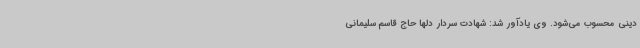
دینی محسوب می‌شود. وی یادآور شد: شهادت سردار دلها حاج قاسم سلیمانی